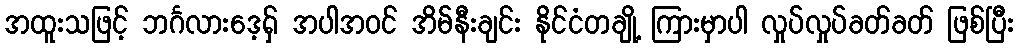
အထူးသဖြင့် ဘင်္ဂလားဒေ့ရှ် အပါအဝင် အိမ်နီးချင်း နိုင်ငံတချို့ ကြားမှာပါ လှုပ်လှုပ်ခတ်ခတ် ဖြစ်ပြီး